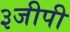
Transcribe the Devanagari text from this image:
३जीपी